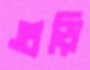
গুড়ি